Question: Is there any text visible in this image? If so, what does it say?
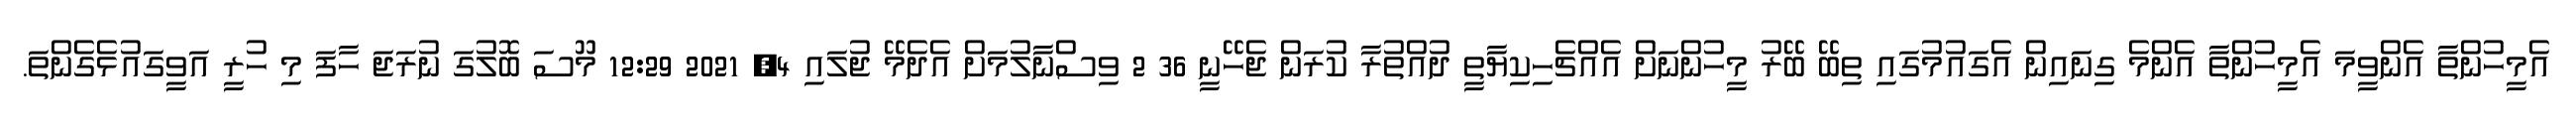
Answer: އެމީހުންތާ އެންވީމަ އެމީހުންތާ އެންމެ ގިނައިން އެގައުމުގައި ތިބޭ ބޭރު މީހުންނަށް އެއްޗެހިކިޔާތީ ދުއްތުރާ ކުރަން ޖެހޭނީ 36 2 ވިސްނާލުމަށް އެދެމޭ ޖުލައި 4, 2021 12:29 މޫސަ ބޮލުގަ ނުރަޖަ ހާފަ މި ހުރީ އަވީގައުޅެގެންތަ.